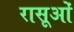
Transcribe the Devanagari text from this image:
रासूओं